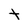
Character: t